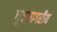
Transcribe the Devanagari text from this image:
ध्रुवसागरीय